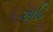
અઢિ